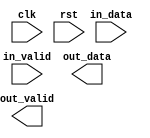
module Encoder (
    input clk,
    input rst,
    input [7:0] in_data,
    input in_valid,
    output reg [11:0] out_data,
    output reg out_valid
);



endmodule